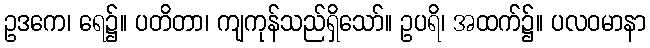
ဥဒကေ၊ ရေ၌။ ပတိတာ၊ ကျကုန်သည်ရှိသော်။ ဥပရိ၊ အထက်၌။ ပလဝမာနာ